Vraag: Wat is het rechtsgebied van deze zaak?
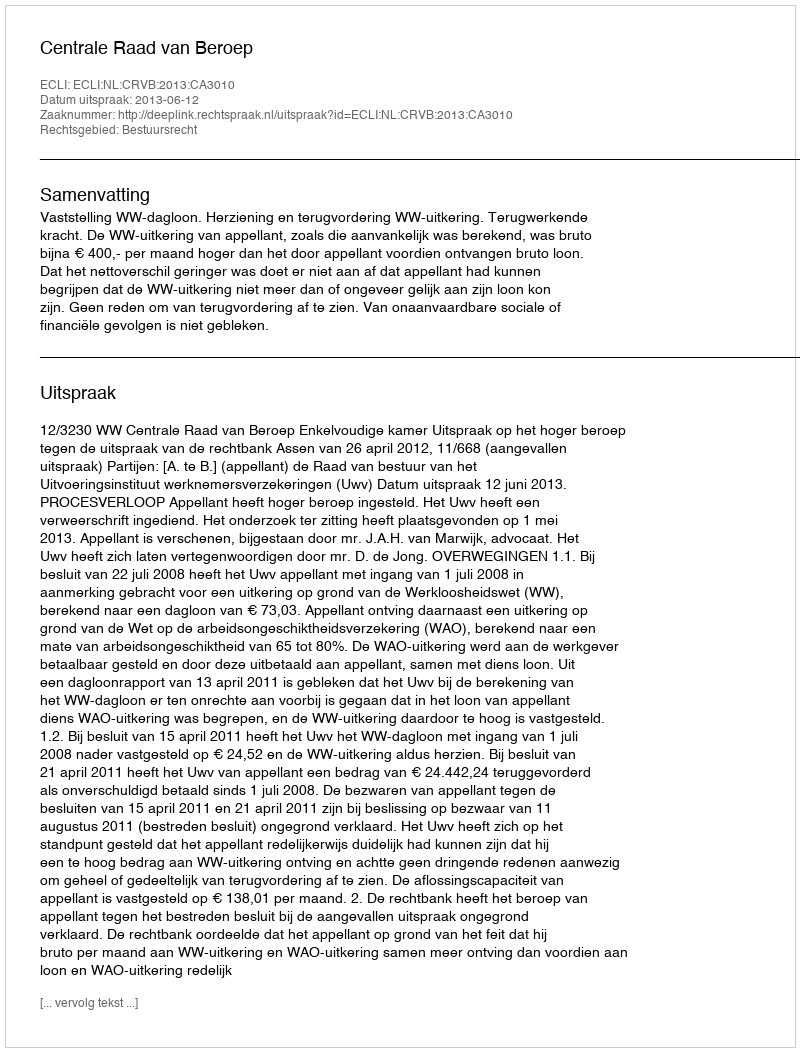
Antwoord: Bestuursrecht